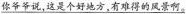
\underline{你爷爷说，这是个好地方，有难得的风景啊。}